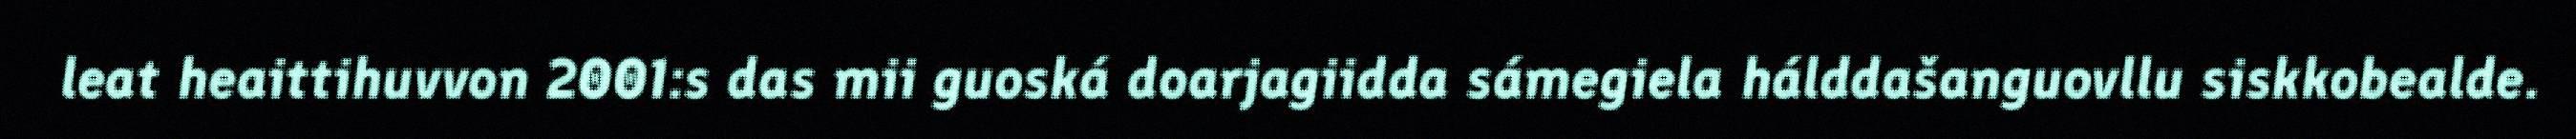
leat heaittihuvvon 2001:s das mii guoská doarjagiidda sámegiela hálddašanguovllu siskkobealde.